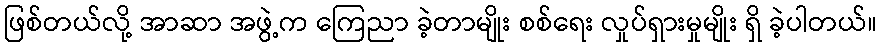
ဖြစ်တယ်လို့ အာဆာ အဖွဲ့က ကြေညာ ခဲ့တာမျိုး စစ်ရေး လှုပ်ရှားမှုမျိုး ရှိ ခဲ့ပါတယ်။